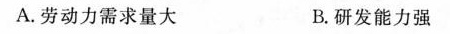
A.劳动力需求量大 B.研发能力强